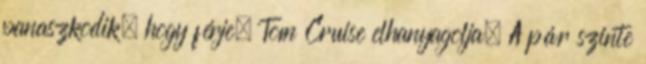
panaszkodik, hogy férje, Tom Cruise elhanyagolja. A pár szinte